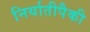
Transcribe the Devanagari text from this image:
निर्यातीपैकी